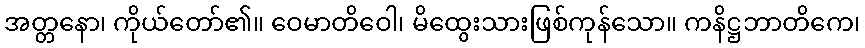
အတ္တနော၊ ကိုယ်တော်၏။ ဝေမာတိဝေါ၊ မိထွေးသားဖြစ်ကုန်သော။ ကနိဋ္ဌဘာတိကေ၊